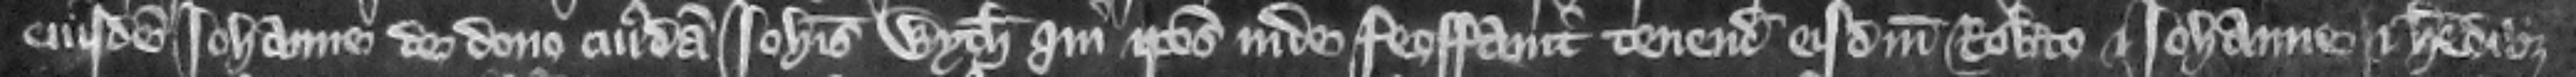
eiusdem Iohanne de dono cuiusdam Iohannis Wyth qui ipsos inde feoffauit tenenda eisdem Roberto et Iohanne et heredibus